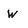
Character: w